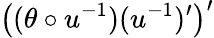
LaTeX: \big((\theta\circ u^{-1})(u^{-1})^{\prime}\big)^{\prime}